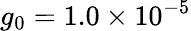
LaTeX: g_{0}=1.0\times 10^{-5}